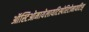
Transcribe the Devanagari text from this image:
ऑस्टिओमायेलायटिस्पेरिटोनायटिस्